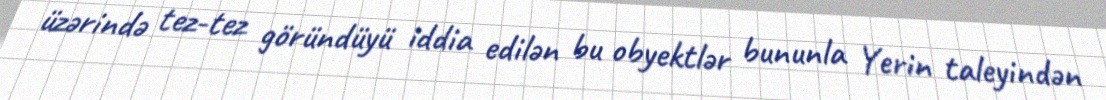
üzərində tez-tez göründüyü iddia edilən bu obyektlər bununla Yerin taleyindən